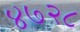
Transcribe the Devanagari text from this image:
४७२८